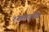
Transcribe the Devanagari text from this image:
श्ख्माटॉव